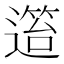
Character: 𨖎